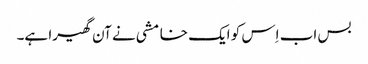
بس اب اِس کو ایک خامشی نے آن گھیرا ہے۔